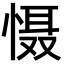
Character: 慑